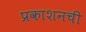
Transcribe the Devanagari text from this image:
प्रकाशनची